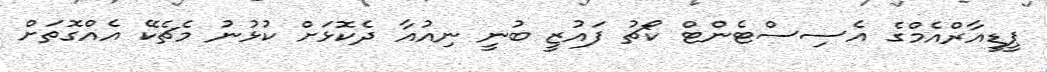
ޕީޑީއާރްއެމްގެ އެސިސްޓެންޓް ކޯޗު ފައުޒީ ބުނީ ނިއުއާ ދެކޮޅަށް ކުޅުނު މެޗެކޭ އެއްގޮތަށް